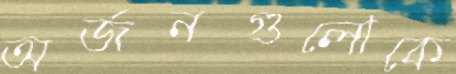
অর্জনগুলোকে